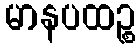
မာနပထဉ္စ